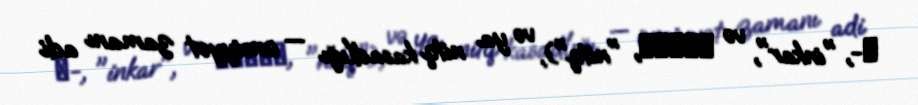
α-, "inkar", və λόγος, "nitq"), və ya nitq kasadlığı — ünsiyyət zamanı adi